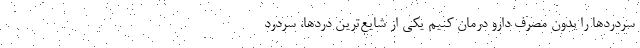
سردردها را بدون مصرف دارو درمان کنیم یکی از شایع‌ترین دردها، سردرد